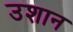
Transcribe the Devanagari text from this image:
उशान